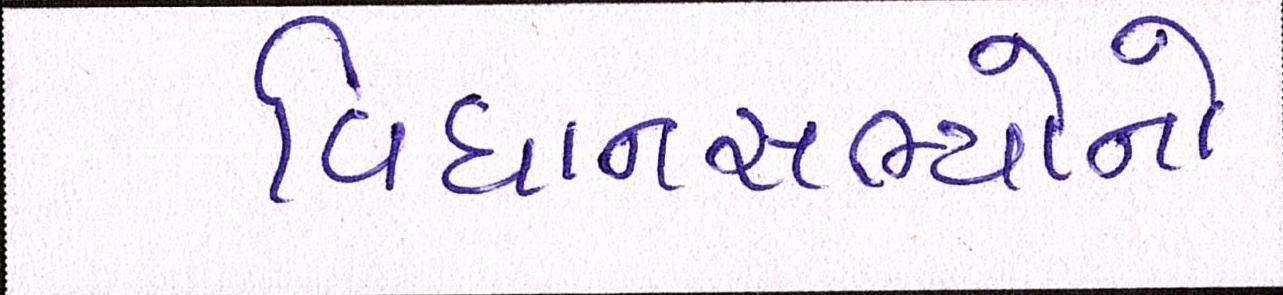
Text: વિધાનસભ્યોનો